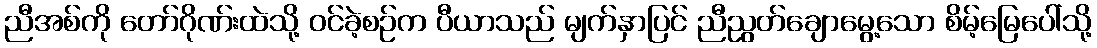
ညီအစ်ကို တော်ဂိုဏ်းထဲသို့ ဝင်ခဲ့စဉ်က ပီယာသည် မျက်နှာပြင် ညီညွတ်ချောမွေ့သော စိမ့်မြေပေါ်သို့